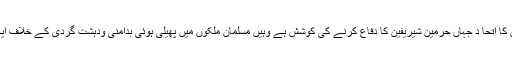
موجودہ اسلامی ملکوں کا اتحا د جہاں حرمین شیریفین کا دفاع کرنے کی کوشش ہے وہیں مسلمان ملکوں میں پھیلی ہوئی بدامنی ودہشت گردی کے خلاف ایک متحدہ کوشش ہے ۔